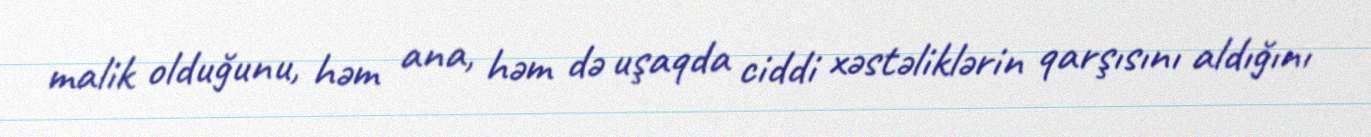
malik olduğunu, həm ana, həm də uşaqda ciddi xəstəliklərin qarşısını aldığını